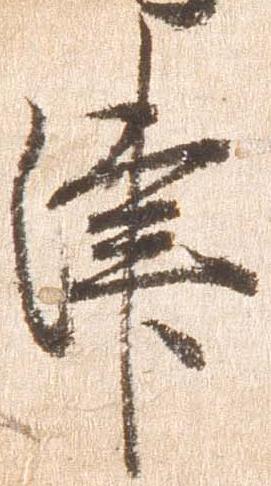
津